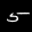
Label: 5